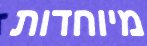
מיוחדות